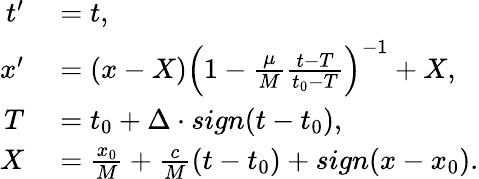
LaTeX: \begin{array}{rl}{t^{\prime}}&{{}=t,}\\ {x^{\prime}}&{{}=\left(x-X\right)\left(1-\frac{\mu}{M}\frac{t-T}{t_{0}-T}\right)^{-1}+X,}\\ {T}&{{}=t_{0}+\Delta\cdot sign(t-t_{0}),}\\ {X}&{{}=\frac{x_{0}}{M}+\frac{c}{M}(t-t_{0})+sign(x-x_{0}).}\end{array}